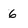
Character: 6